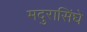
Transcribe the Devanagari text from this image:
मदुरासिंघे